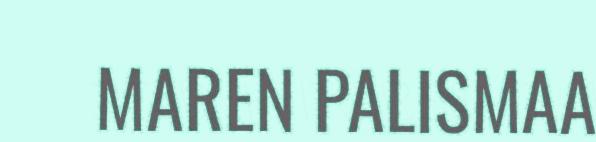
MAREN PALISMAA